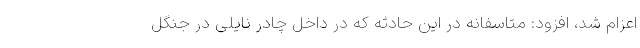
اعزام شد، افزود: متاسفانه در این حادثه که در داخل چادر نایلی در جنگل